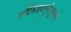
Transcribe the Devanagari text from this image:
वईविद्ध्यपूर्नवुमाये